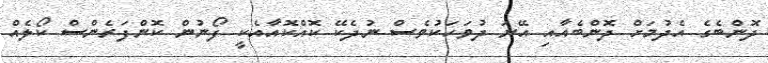
ދޮންބެގެ އެދުމަށް ދޮންބެއާއި އޭނަ ދުވަހަކުވެސް ނުދެކޭ ކޮއްކޮއާއެކީ ފޯނުން ކޮންފަރެންސް ކޯލެއް